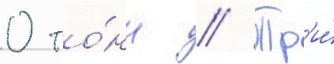
0 то́нн // Тр'и́